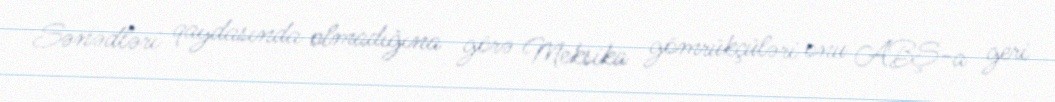
Sənədləri qaydasında olmadığına görə Meksika gömrükçüləri onu ABŞ-a geri